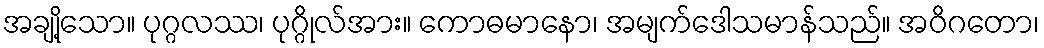
အချို့သော။ ပုဂ္ဂလဿ၊ ပုဂ္ဂိုလ်အား။ ကောဓမာနော၊ အမျက်ဒေါသမာန်သည်။ အဝိဂတော၊